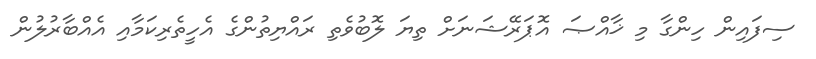
ސިފައިން ހިންގާ މި ޚާއްޞަ އޮޕަރޭޝަނަށް ތިޔަ ލޮބުވެތި ރައްޔިތުންގެ އެހީތެރިކަމާއި އެއްބާރުލުން